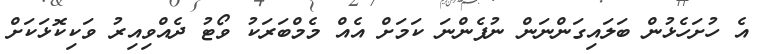
އެ ހުށަހެޅުން ބަލައިގަންނަން ނުފެންނަ ކަމަށް އެއް މެމްބަރަކު ވޯޓު ދެއްވިއިރު ވަކިކޮޅަކަށް